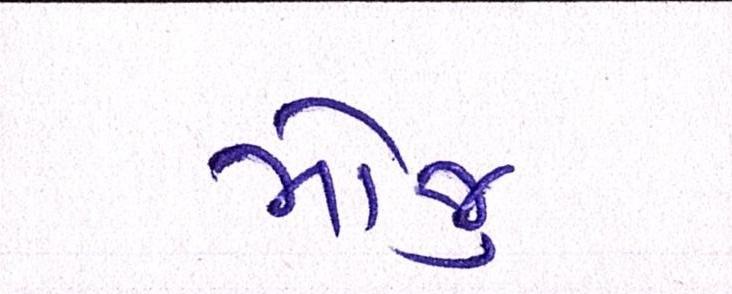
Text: મોજુ